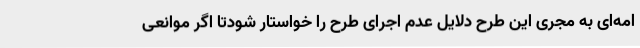
امه‌ای به مجری این طرح دلایل عدم اجرای طرح را خواستار شودتا اگر موانعی